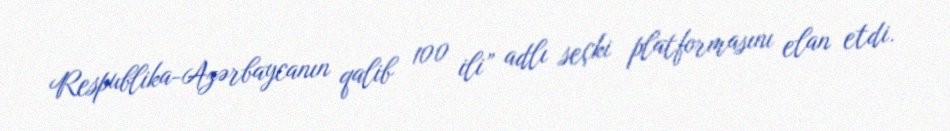
Respublika-Azərbaycanın qalib 100 ili” adlı seçki platformasını elan etdi.